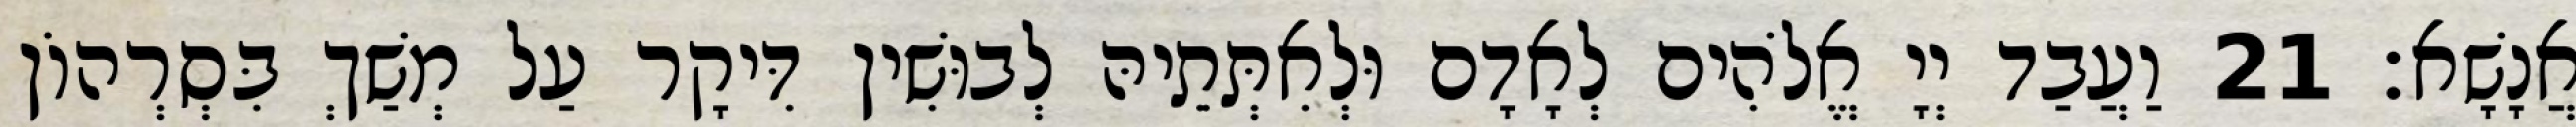
אֲנָשָׁא׃ 21 וַעֲבַד יְיָ אֱלֹהִים לְאָדָם וּלְאִתְּתֵיהּ לְבוּשִׁין דִּיקָר עַל מְשַׁךְ בִּסְרְהוֹן